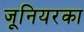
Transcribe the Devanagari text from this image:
जूनियरका